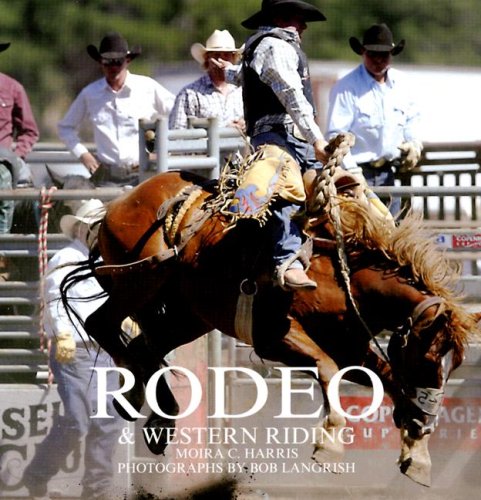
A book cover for Rodeo & Western Riding; Moira C. Harris; Sports & Outdoors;